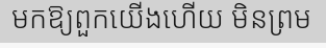
មកឱ្យពួកយើងហើយ មិនព្រម